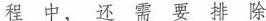
程中，还需要排除